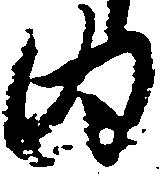
内